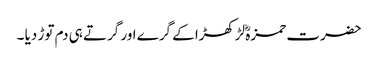
حضرت حمزہؓ لڑکھڑا کے گرے اور گرتے ہی دم توڑ دیا ۔